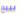
ببيع